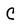
Character: C